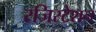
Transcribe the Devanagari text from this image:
रजिस्टेशन